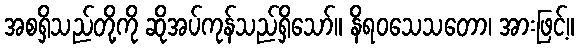
အစရှိသည်တို့ကို ဆိုအပ်ကုန်သည်ရှိသော်။ နိရဝသေသတော၊ အားဖြင့်။